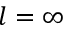
l = \infty